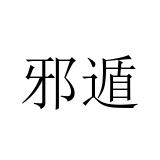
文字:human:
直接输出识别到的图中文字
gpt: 邪遁